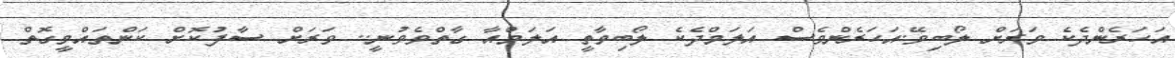
އަހަރެންދެކެ ވަރަށް ލޯބިވޭ.އަހަރެންވެސް އަލަމްދެކެ ލޯބިވާތީ އަލަމްއާ ގާތްވެވުނީ.. ވަރަށް ސާފުކޮށް ކަންތައްވީގޮތް